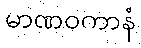
မာဏဝကာနံ